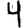
Digit: 4